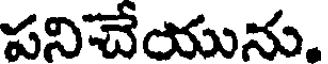
పనిచేయును.